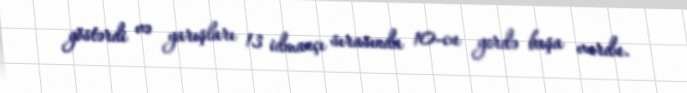
göstərdi və yarışları 13 idmançı sırasında 10-cu yerdə başa vurdu.